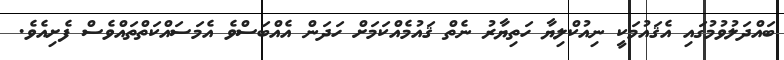
ބައްދަލުވުމުގައި އެޤައުމަކީ ނިއުކްލިޔާ ހަތިޔާރު ނެތް ޤައުމެއްކަމަށް ހަދަން އެއްބަސްވެ އެމަސައްކަތްތައްވެސް ފެށިއެވެ.